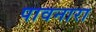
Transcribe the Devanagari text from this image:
पावनारा